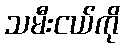
သမီးငယ်ကို